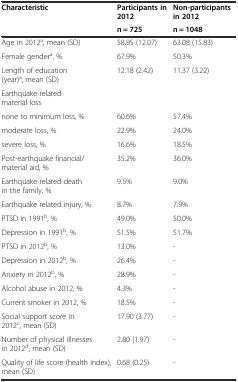
<table><thead><tr><td rowspan="2"><b>Characteristic</b></td><td><b>Participants in 2012</b></td><td><b>Non-participants in 2012</b></td></tr><tr><td><b>n = 725</b></td><td><b>n = 1048</b></td></tr></thead><tbody><tr><td>Age in 2012<sup>a</sup>, mean (SD)</td><td>58.95 (12.07)</td><td>63.08 (15.83)</td></tr><tr><td>Female gender<sup>a</sup>, %</td><td>67.9%</td><td>50.3%</td></tr><tr><td>Length of education (year)<sup>a</sup>, mean (SD)</td><td>12.18 (2.42)</td><td>11.37 (3.22)</td></tr><tr><td>Earthquake related material loss</td><td></td><td></td></tr><tr><td>none to minimum loss, %</td><td>60.6%</td><td>57.4%</td></tr><tr><td>moderate loss, %</td><td>22.9%</td><td>24.0%</td></tr><tr><td>severe loss, %</td><td>16.6%</td><td>18.5%</td></tr><tr><td>Post-earthquake financial/material aid, %</td><td>35.2%</td><td>36.0%</td></tr><tr><td>Earthquake related death in the family, %</td><td>9.5%</td><td>9.0%</td></tr><tr><td>Earthquake related injury, %</td><td>8.7%</td><td>7.9%</td></tr><tr><td>PTSD in 1991<sup>b</sup>, %</td><td>49.0%</td><td>50.0%</td></tr><tr><td>Depression in 1991<sup>b</sup>, %</td><td>51.5%</td><td>51.7%</td></tr><tr><td>PTSD in 2012<sup>b</sup>, %</td><td>13.0%</td><td>-</td></tr><tr><td>Depression in 2012<sup>b</sup>, %</td><td>26.4%</td><td>-</td></tr><tr><td>Anxiety in 2012<sup>b</sup>, %</td><td>28.9%</td><td>-</td></tr><tr><td>Alcohol abuse in 2012, %</td><td>4.3%</td><td>-</td></tr><tr><td>Current smoker in 2012, %</td><td>18.5%</td><td>-</td></tr><tr><td>Social support score in 2012<sup>c</sup>, mean (SD)</td><td>17.90 (3.77)</td><td>-</td></tr><tr><td>Number of physical illnesses in 2012<sup>d</sup>, mean (SD)</td><td>2.80 (1.97)</td><td>-</td></tr><tr><td>Quality of life score (health index), mean (SD)</td><td>0.68 (0.25)</td><td>-</td></tr></tbody></table>